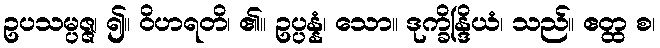
ဥပသမ္ပဇ္ဇ၊ ၍။ ဝိဟရတိ၊ ၏။ ဥပ္ပန္နံ၊ သော။ ဒုက္ခိန္ဒြိယံ၊ သည်။ ဧတ္ထ စ၊